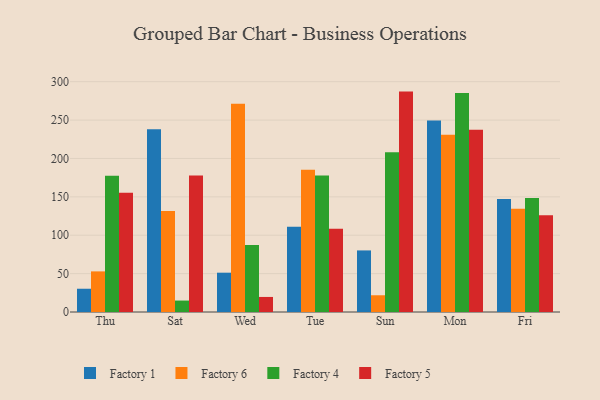
{"axis": {"x": "Day", "y": "Net Income (USD K)"}, "legend": ["Factory 1", "Factory 4", "Factory 5", "Factory 6"], "data": [{"x": "Thu", "y": 30.3, "type": "Factory 1"}, {"x": "Thu", "y": 52.9, "type": "Factory 6"}, {"x": "Thu", "y": 177.6, "type": "Factory 4"}, {"x": "Thu", "y": 155.5, "type": "Factory 5"}, {"x": "Sat", "y": 238.0, "type": "Factory 1"}, {"x": "Sat", "y": 131.6, "type": "Factory 6"}, {"x": "Sat", "y": 14.9, "type": "Factory 4"}, {"x": "Sat", "y": 177.9, "type": "Factory 5"}, {"x": "Wed", "y": 51.2, "type": "Factory 1"}, {"x": "Wed", "y": 271.4, "type": "Factory 6"}, {"x": "Wed", "y": 87.4, "type": "Factory 4"}, {"x": "Wed", "y": 19.6, "type": "Factory 5"}, {"x": "Tue", "y": 111.0, "type": "Factory 1"}, {"x": "Tue", "y": 185.2, "type": "Factory 6"}, {"x": "Tue", "y": 177.7, "type": "Factory 4"}, {"x": "Tue", "y": 108.3, "type": "Factory 5"}, {"x": "Sun", "y": 80.2, "type": "Factory 1"}, {"x": "Sun", "y": 21.8, "type": "Factory 6"}, {"x": "Sun", "y": 208.1, "type": "Factory 4"}, {"x": "Sun", "y": 287.1, "type": "Factory 5"}, {"x": "Mon", "y": 249.6, "type": "Factory 1"}, {"x": "Mon", "y": 230.9, "type": "Factory 6"}, {"x": "Mon", "y": 285.2, "type": "Factory 4"}, {"x": "Mon", "y": 237.3, "type": "Factory 5"}, {"x": "Fri", "y": 147.2, "type": "Factory 1"}, {"x": "Fri", "y": 134.6, "type": "Factory 6"}, {"x": "Fri", "y": 148.4, "type": "Factory 4"}, {"x": "Fri", "y": 126.1, "type": "Factory 5"}]}